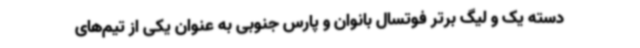
دسته یک و لیگ برتر فوتسال بانوان و پارس جنوبی به عنوان یکی از تیم‌های